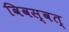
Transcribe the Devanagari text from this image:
विवस्वत्